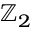
\mathbb { Z } _ { 2 }